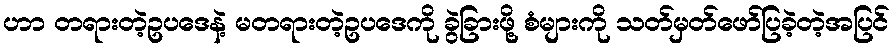
ဟာ တရားတဲ့ဥပဒေနဲ့ မတရားတဲ့ဥပဒေကို ခွဲခြားဖို့ စံများကို သတ်မှတ်ဖော်ပြခဲ့တဲ့အပြင်